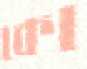
কো